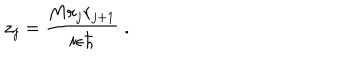
z _ { j } = \frac { M r _ { j } r _ { j + 1 } } { i \epsilon \hbar } \; .